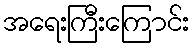
အရေးကြီးကြောင်း